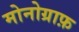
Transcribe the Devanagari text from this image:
मोनोग्राफ़